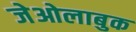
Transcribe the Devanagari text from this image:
जेओलाबुक